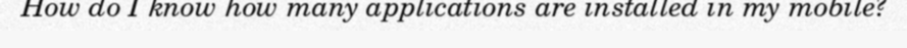
How do I know how many applications are installed in my mobile?